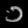
Digit: ၁